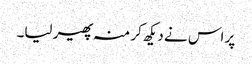
پر اس نے دیکھ کر منہ پھیر لیا۔